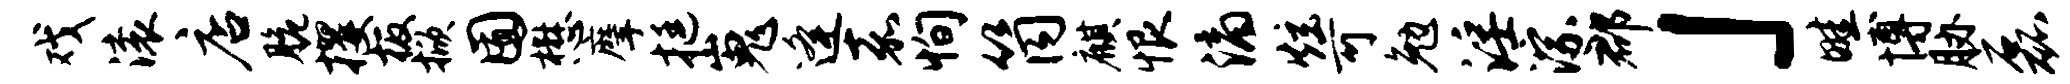
戏滚店脆攫板掀囿懋摩挺嵬逄嘉恂筒麒恨滴炫可勉淫淙郡」畦博胁磊